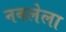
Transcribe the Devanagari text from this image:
नवलेला